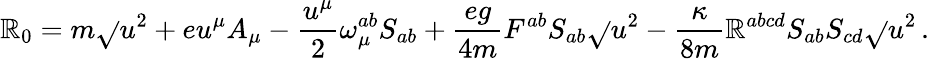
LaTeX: {\cal\mathbb{R}}_{0}=m\sqrt{}{{u^{2}}}+eu^{\mu}A_{\mu}-\frac{{u^{\mu}}}{{2}}{\omega}_{\mu}^{ab}S_{ab}+\frac{{eg}}{{4m}}F^{ab}S_{ab}\sqrt{}{{u^{2}}}-\frac{{\kappa}}{{8m}}\mathbb{R}^{abcd}S_{ab}S_{cd}\sqrt{}{{u^{2}}}\, .